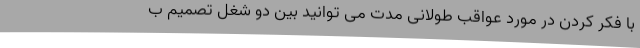
با فکر کردن در مورد عواقب طولانی مدت می توانید بین دو شغل تصمیم ب